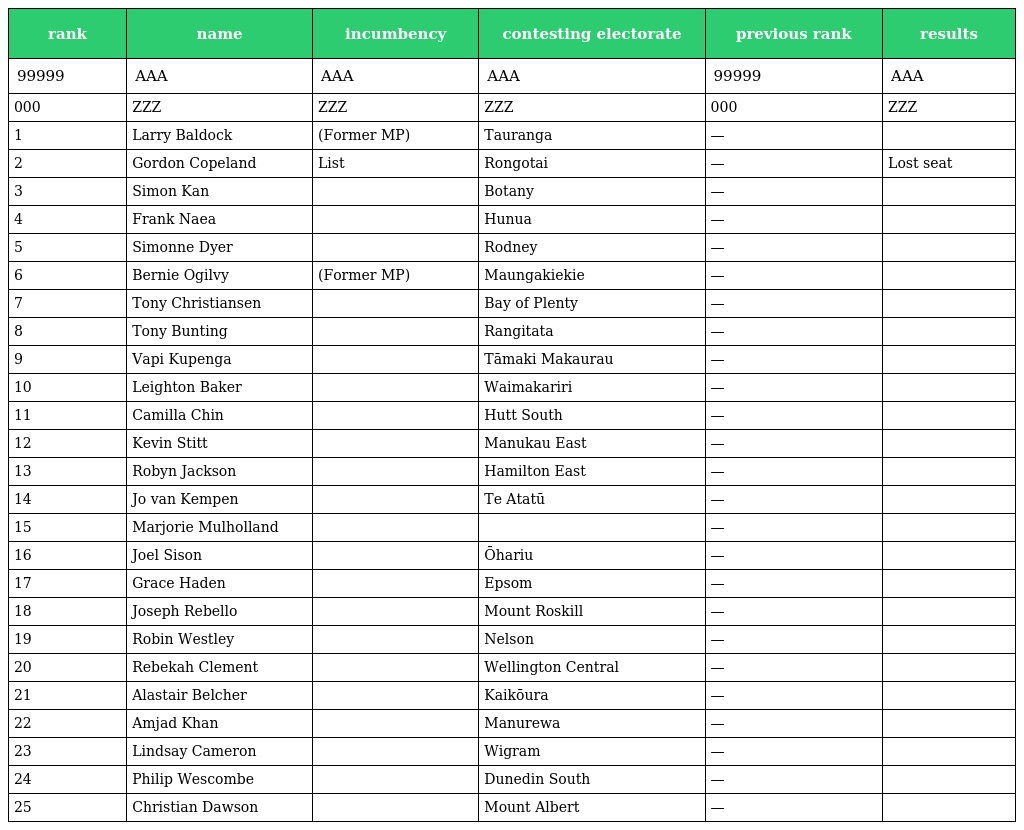
| rank | name | incumbency | contesting electorate | previous rank | results |
 | --- | --- | --- | --- | --- | --- |
 | 99999 | AAA | AAA | AAA | 99999 | AAA |
 | 000 | ZZZ | ZZZ | ZZZ | 000 | ZZZ |
 | 1 | Larry Baldock | (Former MP) | Tauranga | — |  |
 | 2 | Gordon Copeland | List | Rongotai | — | Lost seat |
 | 3 | Simon Kan |  | Botany | — |  |
 | 4 | Frank Naea |  | Hunua | — |  |
 | 5 | Simonne Dyer |  | Rodney | — |  |
 | 6 | Bernie Ogilvy | (Former MP) | Maungakiekie | — |  |
 | 7 | Tony Christiansen |  | Bay of Plenty | — |  |
 | 8 | Tony Bunting |  | Rangitata | — |  |
 | 9 | Vapi Kupenga |  | Tāmaki Makaurau | — |  |
 | 10 | Leighton Baker |  | Waimakariri | — |  |
 | 11 | Camilla Chin |  | Hutt South | — |  |
 | 12 | Kevin Stitt |  | Manukau East | — |  |
 | 13 | Robyn Jackson |  | Hamilton East | — |  |
 | 14 | Jo van Kempen |  | Te Atatū | — |  |
 | 15 | Marjorie Mulholland |  |  | — |  |
 | 16 | Joel Sison |  | Ōhariu | — |  |
 | 17 | Grace Haden |  | Epsom | — |  |
 | 18 | Joseph Rebello |  | Mount Roskill | — |  |
 | 19 | Robin Westley |  | Nelson | — |  |
 | 20 | Rebekah Clement |  | Wellington Central | — |  |
 | 21 | Alastair Belcher |  | Kaikōura | — |  |
 | 22 | Amjad Khan |  | Manurewa | — |  |
 | 23 | Lindsay Cameron |  | Wigram | — |  |
 | 24 | Philip Wescombe |  | Dunedin South | — |  |
 | 25 | Christian Dawson |  | Mount Albert | — |  |